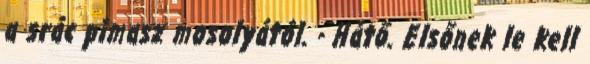
a srác pimasz mosolyától. - Hátő. Elsőnek le kell